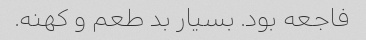
فاجعه بود. بسیار بد طعم و کهنه.